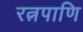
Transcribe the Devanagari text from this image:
रत्नपाणि